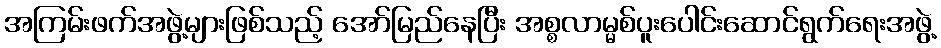
အကြမ်းဖက်အဖွဲ့များဖြစ်သည့် အော်မြည်နေပြီး အစ္စလာမ္မစ်ပူးပေါင်းဆောင်ရွက်ရေးအဖွဲ့